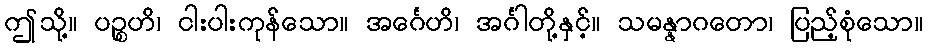
ဤသို့။ ပဉ္စဟိ၊ ငါးပါးကုန်သော။ အင်္ဂေဟိ၊ အင်္ဂါတို့နှင့်။ သမန္နာဂတော၊ ပြည့်စုံသော။